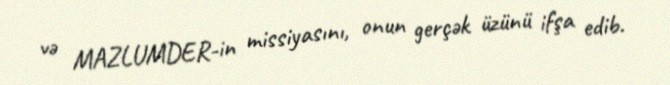
və MAZLUMDER-in missiyasını, onun gerçək üzünü ifşa edib.